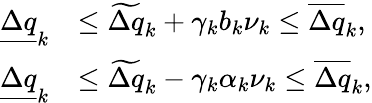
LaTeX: \begin{array}{rl}{\underline{{\Delta q}}_{k}}&{\leq\widetilde{\Delta q}_{k}+\gamma_{k}b_{k}\nu_{k}\leq\overline{{\Delta q}}_{k},}\\ {\underline{{\Delta q}}_{k}}&{\leq\widetilde{\Delta q}_{k}-\gamma_{k}\alpha_{k}\nu_{k}\leq\overline{{\Delta q}}_{k},}\end{array}